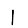
Digit: 1